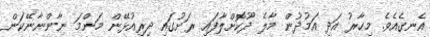
އެނގެއެވެ. މިހާރު އަދި އަމުދުން މާލެ ދޫކޮށްލާފައި ރަށުގައި ދިރިއުޅޭން މަންމަ ނާންނާނޭކަން